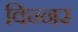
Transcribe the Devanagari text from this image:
विन्नर